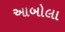
આબોલા